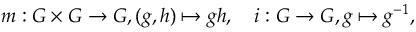
m : G \times G \to G , ( g , h ) \mapsto g h , \quad i : G \to G , g \mapsto g ^ { - 1 } ,